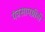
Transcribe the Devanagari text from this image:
यंत्रसामग्रीही